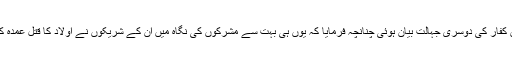
} اس آیت میں کفار کی دوسری جہالت بیان ہوئی چنانچہ فرمایا کہ یوں ہی بہت سے مشرکوں کی نگاہ میں ان کے شریکوں نے اولاد کا قتل عمدہ کر دکھایا ہے۔